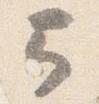
弓